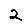
Digit: 2